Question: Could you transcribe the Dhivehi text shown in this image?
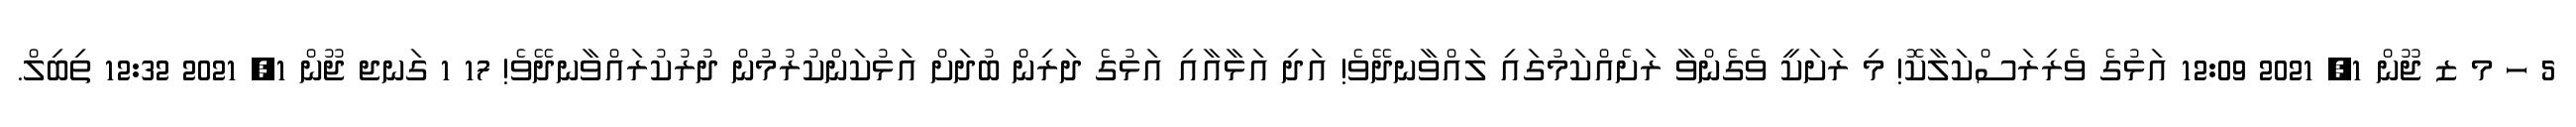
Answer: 5 ހ މ ޒ ޖޫން 1, 2021 12:09 އަޅުގެ ވެރިރަސްކަލާކޮ! މި ރަށަކީ ވެގެންވާ ރަށެއްކަމުގައި ލައްވާނދޭވެ! އަދި އަޅާއާއި އަޅުގެ ދަރިން ބުދަށް އަޅުކަންކުރުމުން ދުރުކުރައްވާނދޭވެ! 17 1 ގަނޖ ޖޫން 1, 2021 12:32 ތިބިލް.